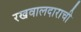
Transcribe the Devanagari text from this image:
रखवालदाराची